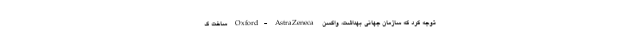
توجه کرد که سازمان جهانی بهداشت، واکسن Oxford- AstraZeneca ساخت ک